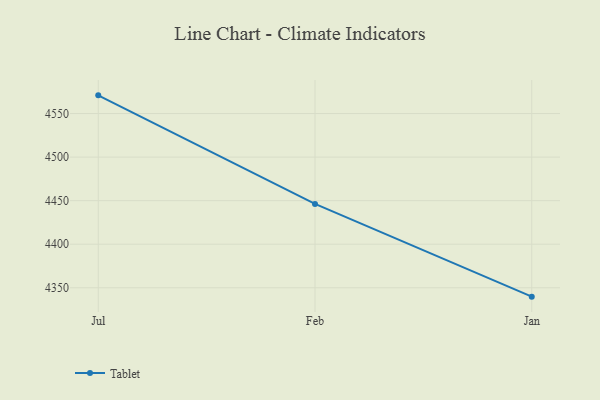
{"axis": {"x": "Month", "y": "Shipments"}, "legend": ["Tablet"], "data": [{"x": "Jul", "y": 4570.9, "type": "Tablet"}, {"x": "Feb", "y": 4446.3, "type": "Tablet"}, {"x": "Jan", "y": 4339.8, "type": "Tablet"}]}